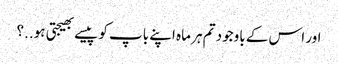
اور اس کے باوجود تم ہر ماہ اپنے باپ کو پیسے بھیجتی ہو..؟